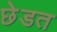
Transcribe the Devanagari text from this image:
छेडत